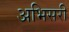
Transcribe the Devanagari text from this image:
अभिसरी